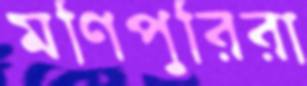
মণিপুরিরা